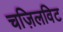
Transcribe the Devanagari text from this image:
चज़िलविट